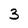
Character: 3